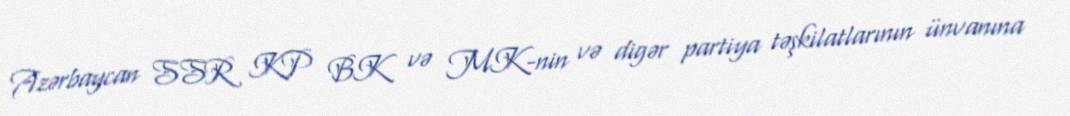
Azərbaycan SSR KP BK və MK-nin və digər partiya təşkilatlarının ünvanına